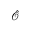
\hat { \mathcal { O } }